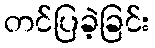
တင်ပြခဲ့ခြင်း